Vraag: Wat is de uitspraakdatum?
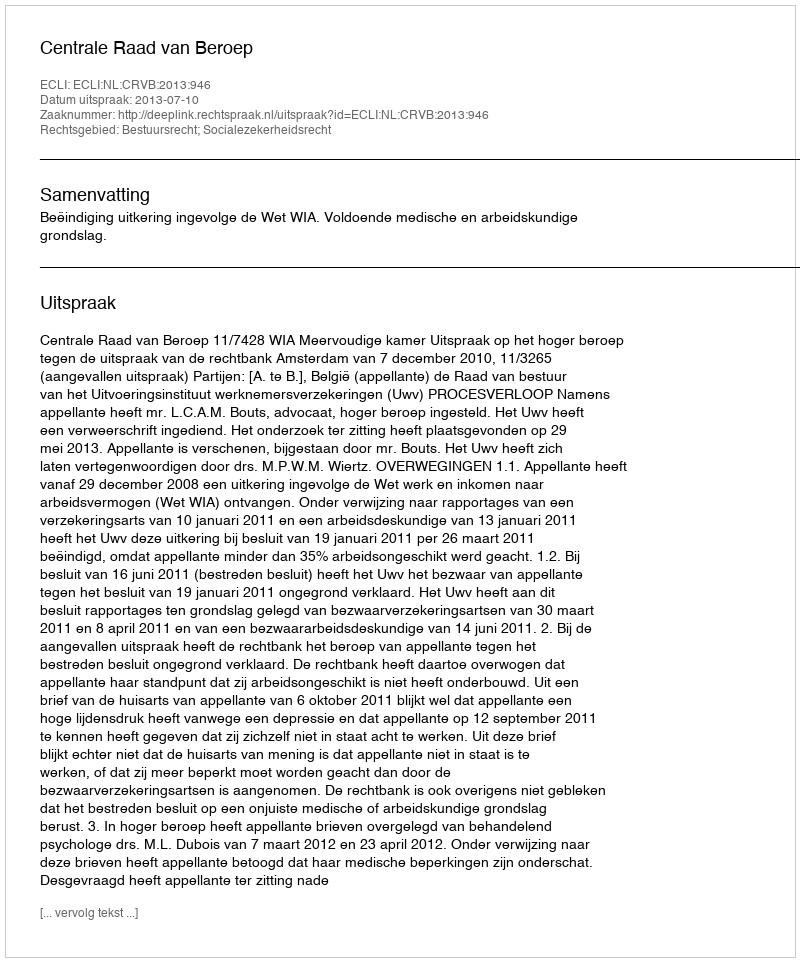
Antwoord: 2013-07-10